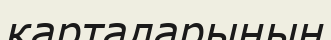
карталарының